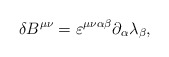
\begin{align*}\delta B^{\mu\nu} = \varepsilon^{\mu\nu\alpha\beta} \partial_{\alpha} \lambda_{\beta}, \end{align*}